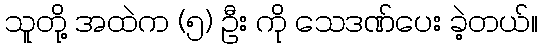
သူတို့ အထဲက (၅) ဦး ကို သေဒဏ်ပေး ခဲ့တယ်။